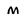
Character: M